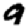
Digit: 9